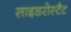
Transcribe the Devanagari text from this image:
साइडरोस्टैट